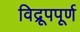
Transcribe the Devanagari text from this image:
विद्रूपपूर्ण